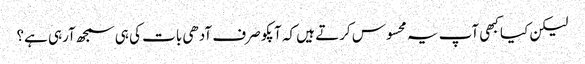
لیکن کیا کبھی آپ یہ محسوس کرتے ہیں کہ آپکو صرف آدھی بات کی ہی سمجھ آرہی ہے؟